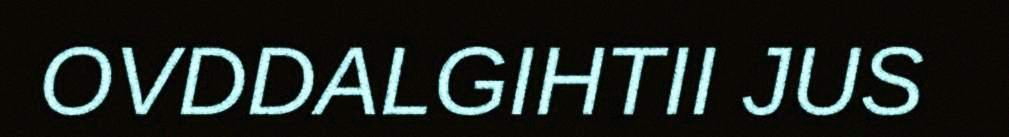
OVDDALGIHTII JUS